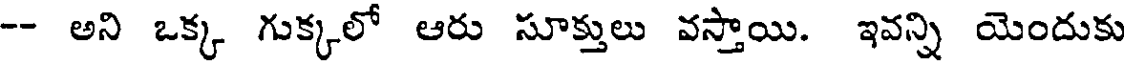
-- అని ఒక్క గుక్కలో ఆరు సూక్తులు వస్తాయి. ఇవన్ని యెందుకు